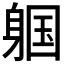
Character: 𬧩